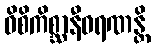
ဝိစိကိစ္ဆာနီဝရဏန္တိ